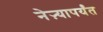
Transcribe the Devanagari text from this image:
नेऱ्यापर्यंत